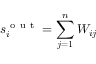
s _ { i } ^ { \mathrm { ~ o ~ u ~ t ~ } } = \sum _ { j = 1 } ^ { n } W _ { i j }